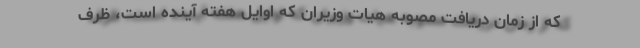
که از زمان دریافت مصوبه هیات وزیران که اوایل هفته آینده است، ظرف